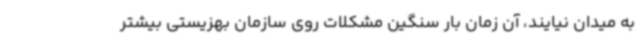
به میدان نیایند، آن زمان بار سنگین مشکلات روی سازمان بهزیستی بیشتر